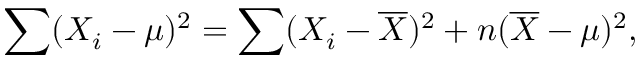
\sum ( X _ { i } - \mu ) ^ { 2 } = \sum ( X _ { i } - { \overline { { X } } } ) ^ { 2 } + n ( { \overline { { X } } } - \mu ) ^ { 2 } ,